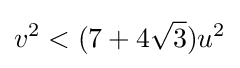
v^{2}<(7+4{\sqrt {3}})u^{2}